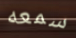
سمعه